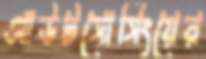
আউটসোর্সিংয়ের